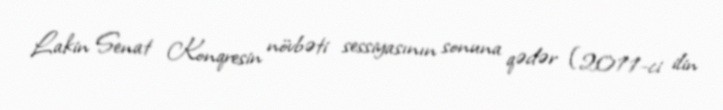
Lakin Senat Konqresin növbəti sessiyasının sonuna qədər (2011-ci ilin